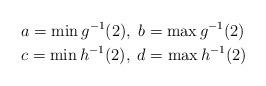
LaTeX: \begin{align*}&a=\min g^{-1}(2),\;b=\max g^{-1}(2)\\&c=\min h^{-1}(2),\;d=\max h^{-1}(2)\end{align*}